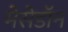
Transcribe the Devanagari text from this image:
मेसेडॉन